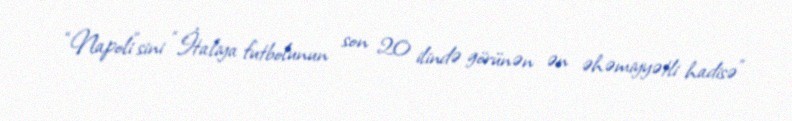
“Napoli”sini “İtaliya futbolunun son 20 ilində görünən ən əhəmiyyətli hadisə”